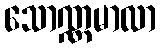
သောဏ္ဏမာလာ